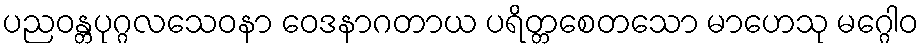
ပညဝန္တပုဂ္ဂလသေဝနာ ဝေဒနာဂတာယ ပရိတ္တစေတသော မာဟေသု မဂ္ဂေါဝ